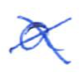
Text: a
Cross-out: cross
Writing tool: ballpoint